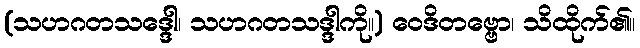
(သဟဂတသဒ္ဒေါ၊ သဟဂတသဒ္ဒါကို။) ဝေဒိတဗ္ဗော၊ သိထိုက်၏။